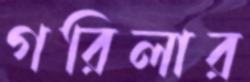
গরিলার